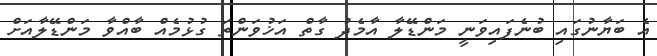
އެ ބަޔާނުގައި ބުނެފައިވަނީ މަންޑޭލާ އާމެދު ގާތް އަޚުވަންތަ ގުޅުމެއް ބާއްވާ މަންޑޭލާއަށް